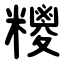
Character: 糭